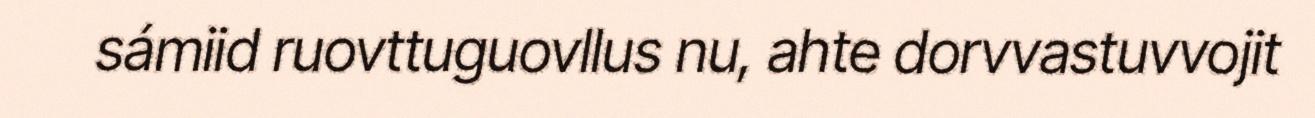
sámiid ruovttuguovllus nu, ahte dorvvastuvvojit